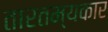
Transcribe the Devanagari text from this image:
तारतम्यकार